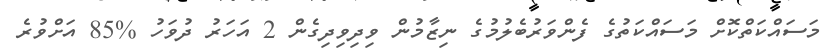
މަސައްކަތްކޮށް މަސައްކަތުގެ ފެންވަރުބެލުމުގެ ނިޒާމުން ވިދިވިދިގެން 2 އަހަރު ދުވަހު %85 އަށްވުރެ